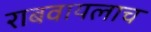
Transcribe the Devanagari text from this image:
राबवायलाच